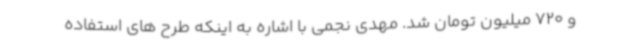
و 720 میلیون تومان شد. مهدی نجمی با اشاره به اینکه طرح های استفاده